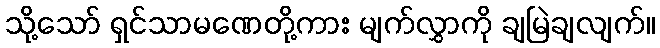
သို့သော် ရှင်သာမဏေတို့ကား မျက်လွှာကို ချမြဲချလျက်။